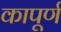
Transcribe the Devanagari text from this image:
कापूर्ण